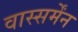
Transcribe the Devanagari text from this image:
वास्सर्मेंन